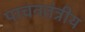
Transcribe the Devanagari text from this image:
पाचनतंत्रीय